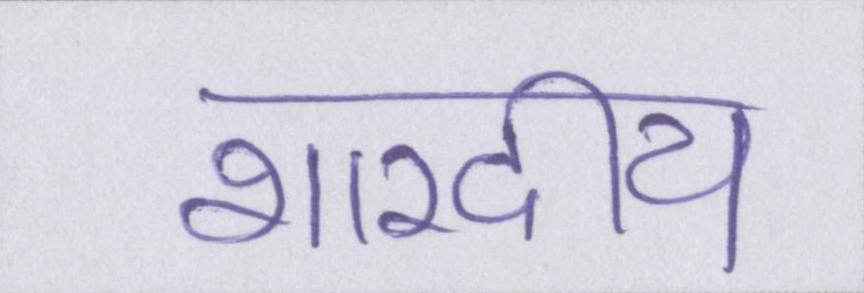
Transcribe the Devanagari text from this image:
शारदीय